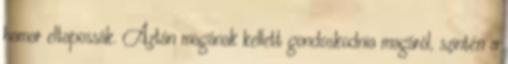
hamar eltapossák. Aztán magának kellett gondoskodnia magáról, szintén a